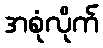
အစုံလိုက်